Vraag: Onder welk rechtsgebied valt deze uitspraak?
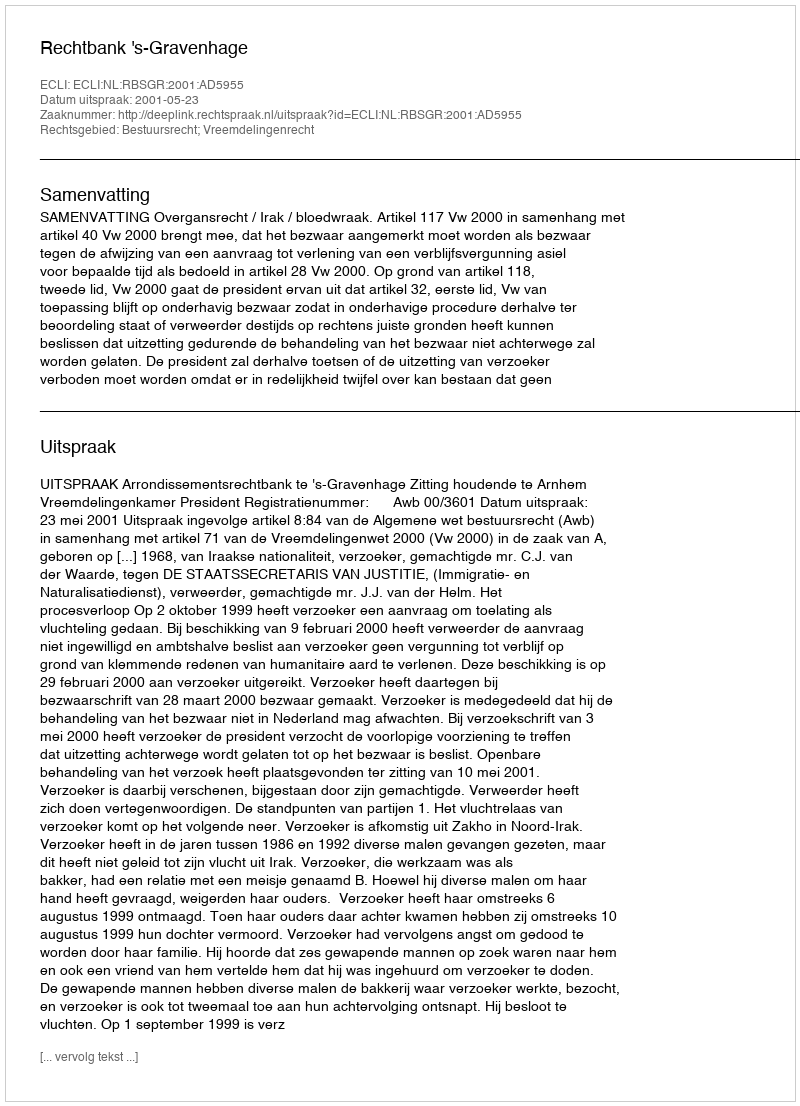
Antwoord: Bestuursrecht; Vreemdelingenrecht